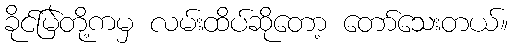
ခိုင်မြဲတို့ကမှ လမ်းထိပ်ဆိုတော့ တော်သေးတယ်။